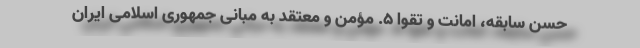
حسن سابقه، امانت و تقوا ۵. مؤمن و معتقد به مبانی جمهوری اسلامی ایران